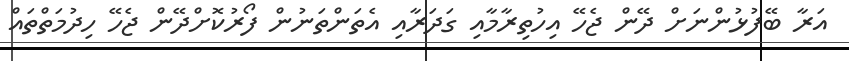
އަރާ ބޭފުޅުންނަށް ދޭން ޖެހޭ އިހުތިރާމާއި ގަދަރާއި އެތަންތަނުން ފޯރުކޮށްދޭން ޖެހޭ ހިދުމަތްތައް